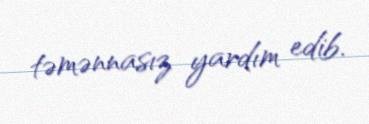
təmənnasız yardım edib.